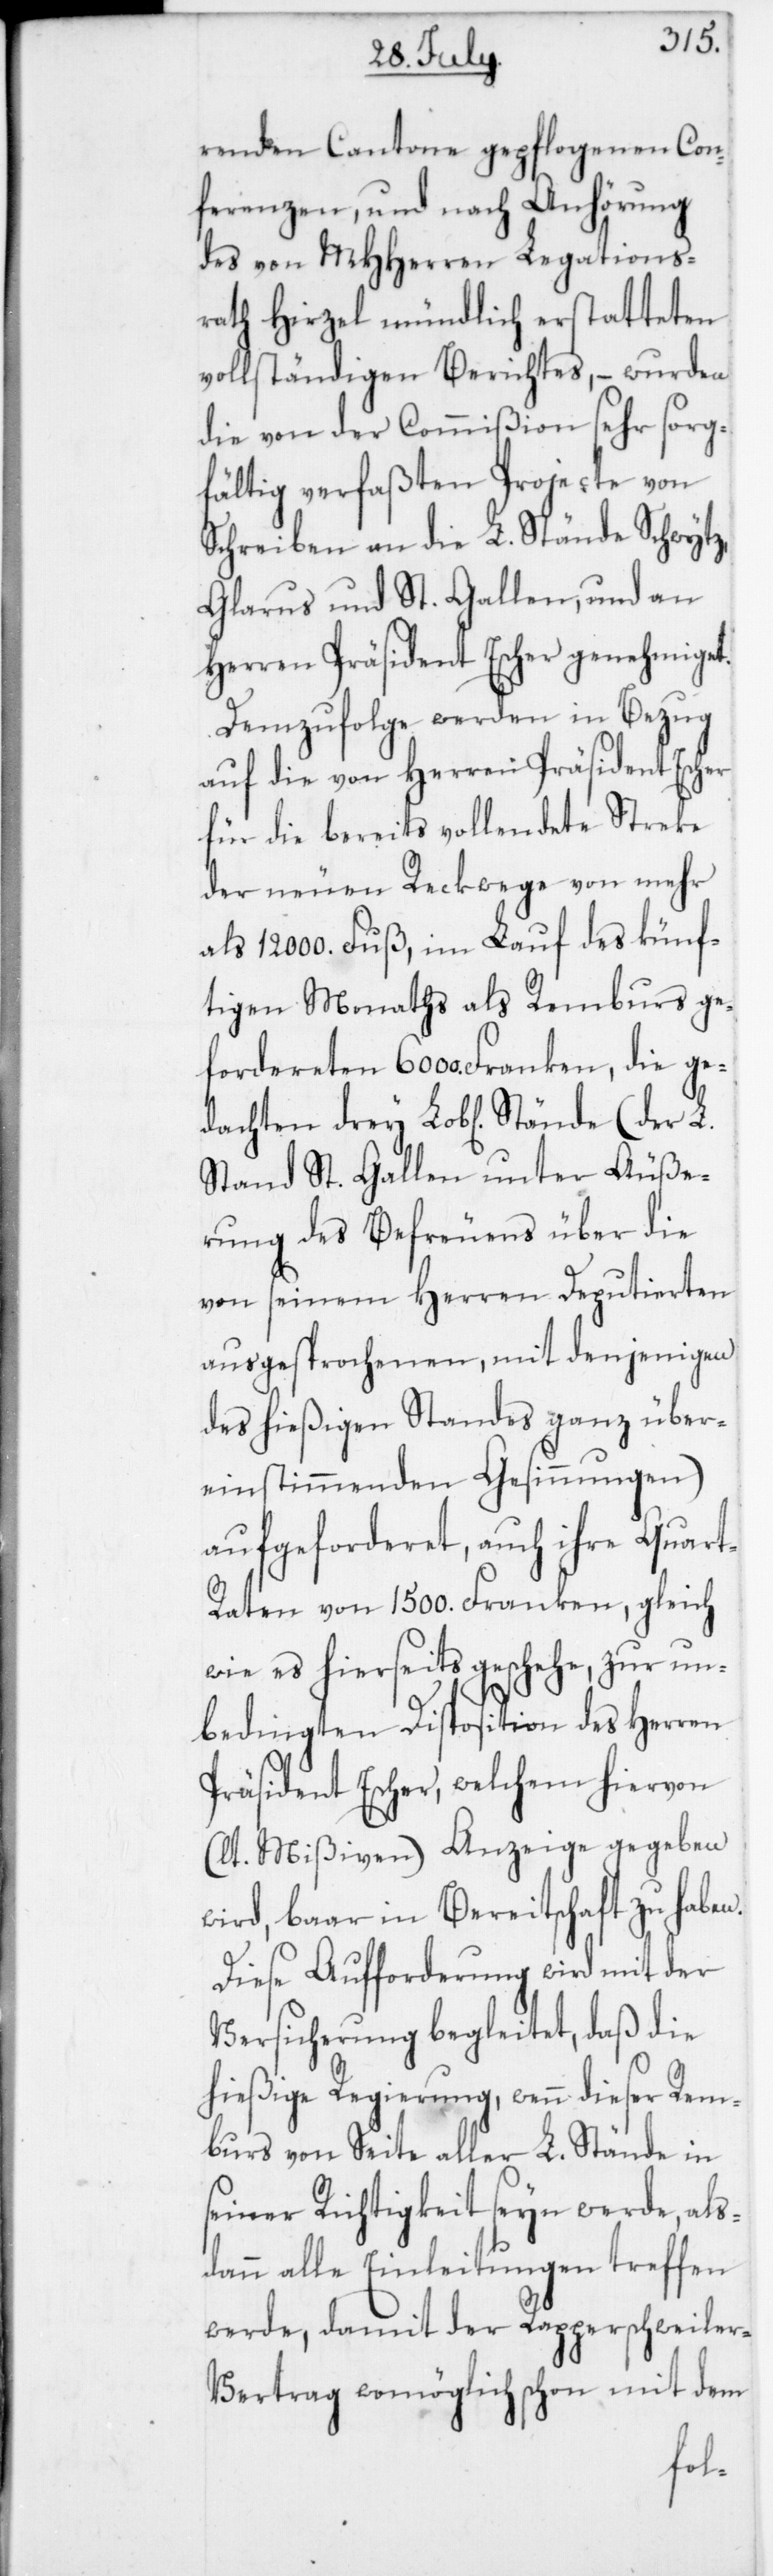
renden Cantone gepflogenen Con¬
ferenzen, und nach Anhörung
des von MHHerren Legations¬
rath Hirzel mündlich erstatteten
vollständigen Berichtes, – wurden
die von der Commißion sehr sorg¬
fältig verfaßten Projecte von
Schreiben an die L. Stände Schwytz,
Glarus und St. Gallen, und an
Herren Präsident Escher genehmiget.
Demzufolge werden in Bezug
auf die von Herren Präsident Escher
für die bereits vollendete Streke
der neuen Reckwege von mehr
als 12 000. Fuß, im Lauf des künf¬
tigen Monaths als Remburs ge¬
fordereten 6000. Franken, die ge¬
dachten drey L. Stände (der L.
Stand St. Gallen unter Äuße¬
rung des Befreuens über die
von seinem Herren Deputierten
ausgesprochenen, mit denjenigen
des hießigen Standes ganz über¬
einstimmenden Gesinnungen)
aufgeforderet, auch ihre Quar¬
t-Raten von 1500. Franken, gleich
wie es hierseits geschehe, zur un¬
bedingten Disposition des Herren
Präsident Escher, welchem hiervon
(lt. Mißiven) Anzeige gegeben
wird, baar in Bereitschaft zu haben.
Diese Aufforderung wird mit der
Versicherung begleitet, daß die
hießige Regierung, wenn dieser Rem¬
burs von Seite aller L. Stände in
seiner Richtigkeit seyn werde, als¬
dann alle Einleitungen treffen
werde, damit der Rapperschweile¬
r-Vertrag womöglich schon mit dem